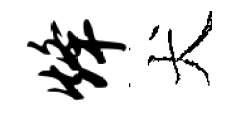
烽犬